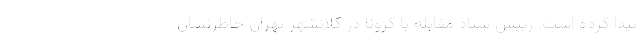
پیدا کرده است. رییس ستاد مقابله با کرونا در کلانشهر تهران خاطرنشان